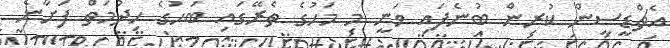
އެޗްޑީސީން ކުރިން ބުނެފައި ވަނީ މި މަހުގެ ތެރޭގައި ބަހުގެ ހިދުމަތް ފަށާނެ